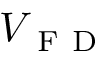
V _ { \mathrm { ~ F ~ D ~ } }